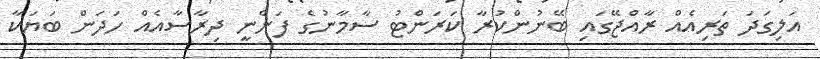
އަލިގަދަ ތަރިއެއް ރާއްޖޭގައި ބޭނުންކުރާ ކަަރަންޓު ސާމާނުގެ ފަންނީ ދިރާސާއެއް ހަދަން ބަޔަކާ